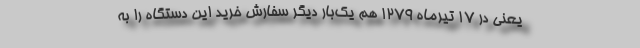
یعنی در ۱۷ تیرماه ۱۲۷۹ هم یک‌بار دیگر سفارش خرید این دستگاه را به